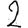
Digit: 2